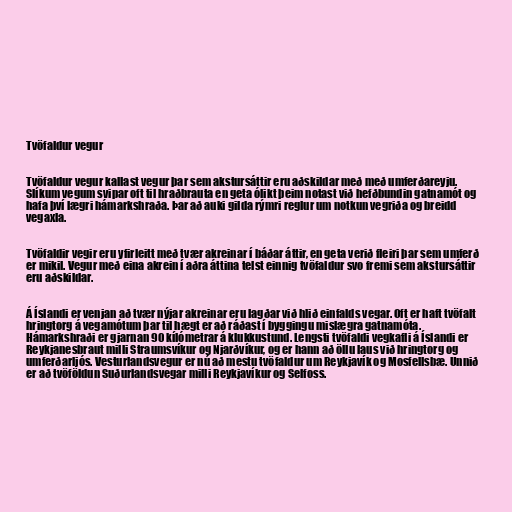
Tvöfaldur vegur

Tvöfaldur vegur kallast vegur þar sem akstursáttir eru aðskildar með með umferðareyju.
Slíkum vegum svipar oft til hraðbrauta en geta ólikt þeim notast við hefðbundin gatnamót og
hafa því lægri hámarkshraða. Þar að auki gilda rýmri reglur um notkun vegriða og breidd
vegaxla.

Tvöfaldir vegir eru yfirleitt með tvær akreinar í báðar áttir, en geta verið fleiri þar sem umferð
er mikil. Vegur með eina akrein í aðra áttina telst einnig tvöfaldur svo fremi sem akstursáttir
eru aðskildar.

Á Íslandi er venjan að tvær nýjar akreinar eru lagðar við hlið einfalds vegar. Oft er haft tvöfalt
hringtorg á vegamótum þar til hægt er að ráðast í byggingu mislægra gatnamóta.
Hámarkshraði er gjarnan 90 kílómetrar á klukkustund. Lengsti tvöfaldi vegkafli á Íslandi er
Reykjanesbraut milli Straumsvíkur og Njarðvíkur, og er hann að öllu laus við hringtorg og
umferðarljós. Vesturlandsvegur er nú að mestu tvöfaldur um Reykjavík og Mosfellsbæ. Unnið
er að tvöföldun Suðurlandsvegar milli Reykjavíkur og Selfoss.